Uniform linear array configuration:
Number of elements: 4
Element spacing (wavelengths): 0.25
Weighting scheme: binomial
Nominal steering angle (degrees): -45
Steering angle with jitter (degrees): -43.626
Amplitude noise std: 0.05
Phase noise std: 0.05

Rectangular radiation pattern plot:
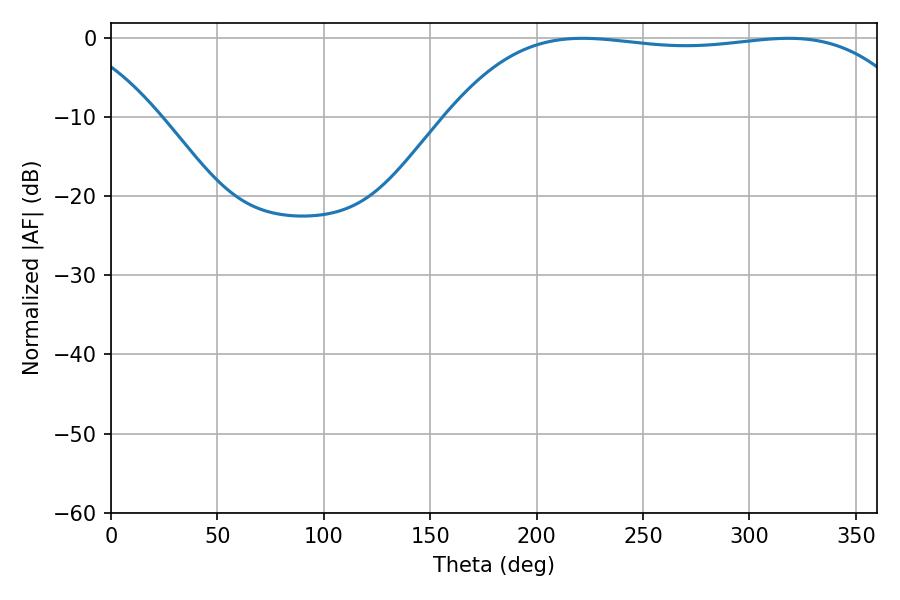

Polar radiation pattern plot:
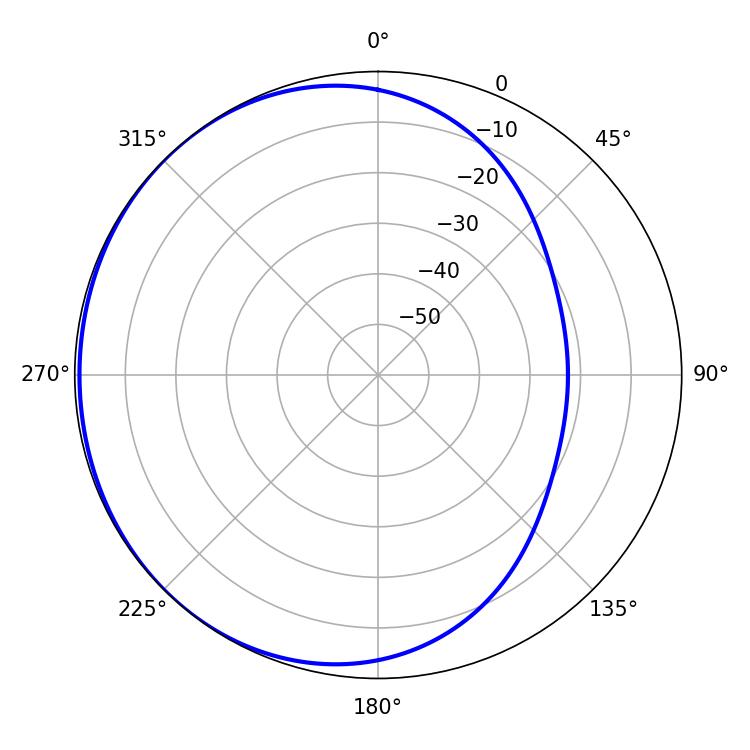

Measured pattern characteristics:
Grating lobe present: FALSE
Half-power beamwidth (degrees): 173.16
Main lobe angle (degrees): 221.58